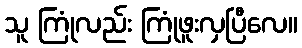
သူ ကြုံလည်း ကြုံဖူးလှပြီလေ။